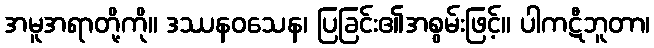
အမူအရာတို့ကို။ ဒဿနဝသေန၊ ပြခြင်း၏အစွမ်းဖြင့်။ ပါကဋီဘူတာ၊